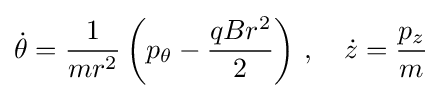
{\dot {\theta }}={\frac {1}{mr^{2}}}\left(p_{\theta }-{\frac {qBr^{2}}{2}}\right)\,,\quad {\dot {z}}={\frac {p_{z}}{m}}